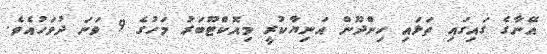
އޭނާގެ ގައިގައި ތަޅައި ހިންދޫން އަނިޔާކުރީ މިއޮކްޓޫބަރު މަހުގެ 9 ވަނަ ދުވަހުއެވެ.